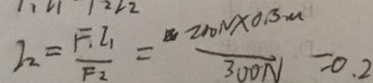
I _ { 2 } = \frac { F I _ { 1 } } { F _ { 2 } } = \frac { 2 0 0 N \times 0 . 3 m } { 3 0 0 N } = 0 . 2